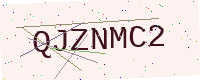
Text: QJZNMC2